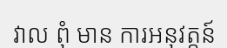
វាល ពុំ មាន ការអនុវត្តន៍